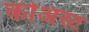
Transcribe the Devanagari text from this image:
कोअस्ट